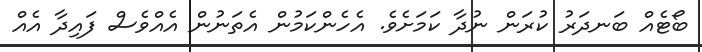
ބޯޓެއް ބަނދަރު ކުރަން ނުދާ ކަމަށެވެ. އެހެންކަމުން އެތަނުން އެއްވެސް ފައިދާ އެއް